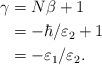
LaTeX: \begin{align*}\gamma &= N \beta + 1 \\&= - \hbar / \varepsilon_2 + 1 \\&= - \varepsilon_1 / \varepsilon_2. \end{align*}